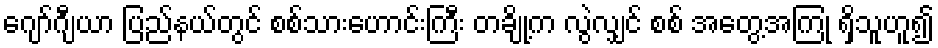
ဂျော်ဂျီယာ ပြည်နယ်တွင် စစ်သားဟောင်းကြီး တချို့က လွဲလျှင် စစ် အတွေ့အကြုံ ရှိသူဟူ၍